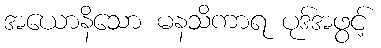
အယောနိသော မနသိကာရ ပုဒ်အဖွင့်